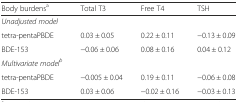
| Body burdensa | Total T3 | Free T4 | TSH |
 | --- | --- | --- | --- |
 | Unadjusted model |  |  |  |
 | tetra-pentaPBDE | 0.03 ± 0.05 | 0.22 ± 0.11 | −0.13 ± 0.09 |
 | BDE-153 | −0.06 ± 0.06 | 0.08 ± 0.16 | 0.04 ± 0.12 |
 | Multivariate modelb |  |  |  |
 | tetra-pentaPBDE | −0.005 ± 0.04 | 0.19 ± 0.11 | −0.06 ± 0.08 |
 | BDE-153 | 0.03 ± 0.06 | −0.02 ± 0.16 | −0.03 ± 0.13 |